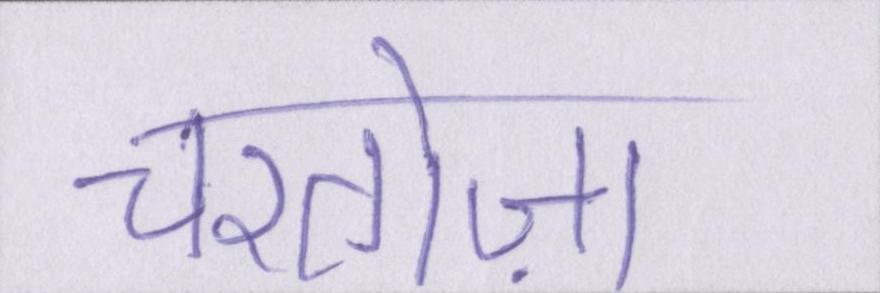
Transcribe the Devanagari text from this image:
चरतोज़ा